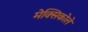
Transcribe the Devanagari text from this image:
मेक्सिकोले